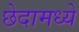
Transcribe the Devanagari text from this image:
छेदामध्ये